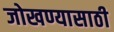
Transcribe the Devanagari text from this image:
जोखण्यासाठी